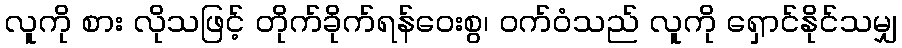
လူကို စား လိုသဖြင့် တိုက်ခိုက်ရန်ဝေးစွ၊ ဝက်ဝံသည် လူကို ရှောင်နိုင်သမျှ